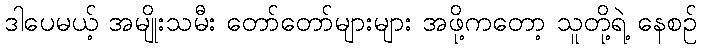
ဒါပေမယ့် အမျိုးသမီး တော်တော်များများ အဖို့ကတော့ သူတို့ရဲ့ နေစဉ်